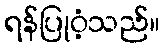
ရန်ပြုဝံ့သည်။